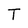
Character: T